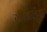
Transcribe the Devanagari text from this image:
ग्रानलुंड